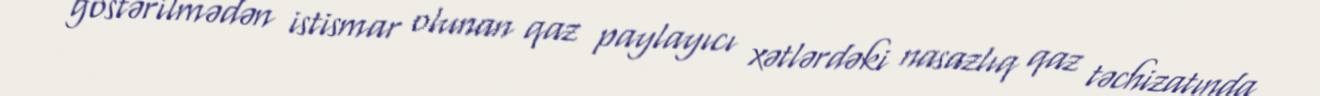
göstərilmədən istismar olunan qaz paylayıcı xətlərdəki nasazlıq qaz təchizatında